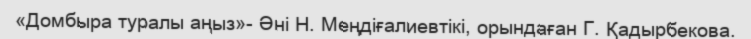
«Домбыра туралы аңыз»- Әні Н. Меңдіғалиевтікі, орындаған Г. Қадырбекова.